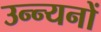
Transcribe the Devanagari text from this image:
उन्न्यनों